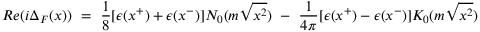
R e ( i \Delta _ { F } ( x ) ) ~ = ~ { \frac { 1 } { 8 } } [ \epsilon ( x ^ { + } ) + \epsilon ( x ^ { - } ) ] N _ { 0 } ( m \sqrt { x ^ { 2 } } ) ~ - ~ { \frac { 1 } { 4 \pi } } [ \epsilon ( x ^ { + } ) - \epsilon ( x ^ { - } ) ] K _ { 0 } ( m \sqrt { x ^ { 2 } } )